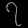
Digit: ၇